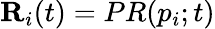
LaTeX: \mathbf{R}_{i}(t)=PR(p_{i};t)